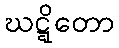
ဃဋ္ဋိတော